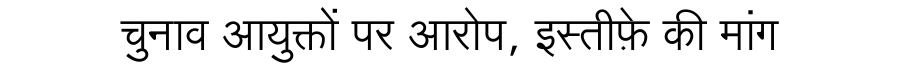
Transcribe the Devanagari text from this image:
चुनाव आयुक्तों पर आरोप, इस्तीफ़े की मांग